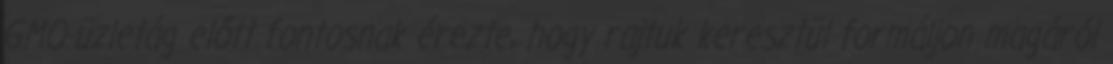
GMO-üzletág előtt fontosnak érezte, hogy rajtuk keresztül formáljon magáról